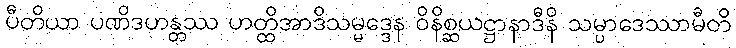
ပီတိယာ ပဏိဒဟန္တဿ ဟတ္ထိအာဒိသမ္မဒ္ဒေန ဝိနိစ္ဆယဋ္ဌာနာဒီနိ သမ္ပာဒေဿာမီတိ